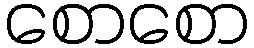
စောစော